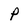
Character: P